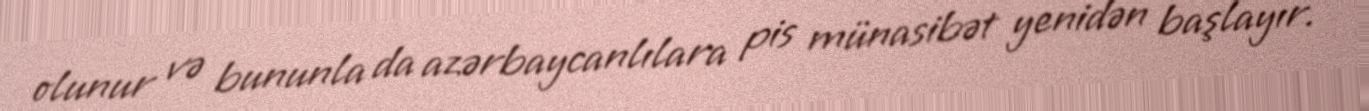
olunur və bununla da azərbaycanlılara pis münasibət yenidən başlayır.